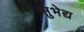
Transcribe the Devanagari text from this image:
सुभेद्य